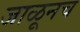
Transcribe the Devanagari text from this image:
जाळूनच